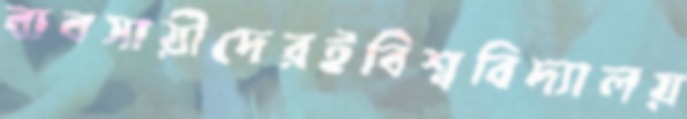
ব্যবসায়ীদেরইবিশ্ববিদ্যালয়